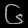
Digit: ၆